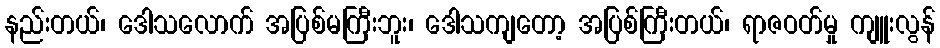
နည်းတယ်၊ ဒေါသလောက် အပြစ်မကြီးဘူး၊ ဒေါသကျတော့ အပြစ်ကြီးတယ်၊ ရာဇဝတ်မှု ကျူးလွန်